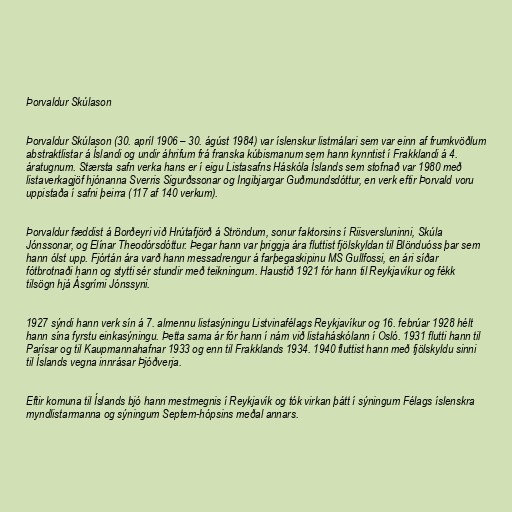
Þorvaldur Skúlason

Þorvaldur Skúlason (30. apríl 1906 – 30. ágúst 1984) var íslenskur listmálari sem var einn af frumkvöðlum
abstraktlistar á Íslandi og undir áhrifum frá franska kúbismanum sem hann kynntist í Frakklandi á 4.
áratugnum. Stærsta safn verka hans er í eigu Listasafns Háskóla Íslands sem stofnað var 1980 með
listaverkagjöf hjónanna Sverris Sigurðssonar og Ingibjargar Guðmundsdóttur, en verk eftir Þorvald voru
uppistaða í safni þeirra (117 af 140 verkum).

Þorvaldur fæddist á Borðeyri við Hrútafjörð á Ströndum, sonur faktorsins í Riisversluninni, Skúla
Jónssonar, og Elínar Theodórsdóttur. Þegar hann var þriggja ára fluttist fjölskyldan til Blönduóss þar sem
hann ólst upp. Fjórtán ára varð hann messadrengur á farþegaskipinu MS Gullfossi, en ári síðar
fótbrotnaði hann og stytti sér stundir með teikningum. Haustið 1921 fór hann til Reykjavíkur og fékk
tilsögn hjá Ásgrími Jónssyni.

1927 sýndi hann verk sín á 7. almennu listasýningu Listvinafélags Reykjavíkur og 16. febrúar 1928 hélt
hann sína fyrstu einkasýningu. Þetta sama ár fór hann í nám við listaháskólann í Osló. 1931 flutti hann til
Parísar og til Kaupmannahafnar 1933 og enn til Frakklands 1934. 1940 fluttist hann með fjölskyldu sinni
til Íslands vegna innrásar Þjóðverja.

Eftir komuna til Íslands bjó hann mestmegnis í Reykjavík og tók virkan þátt í sýningum Félags íslenskra
myndlistarmanna og sýningum Septem-hópsins meðal annars.